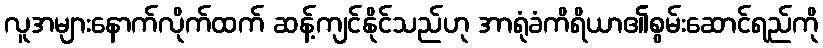
လူအများနောက်လိုက်ထက် ဆန့်ကျင်နိုင်သည်ဟု အာရုံခံကိရိယာ၏စွမ်းဆောင်ရည်ကို